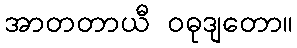
အာတတာယီ ဝဓုဒျတော။